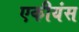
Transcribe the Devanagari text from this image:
एकीयंस